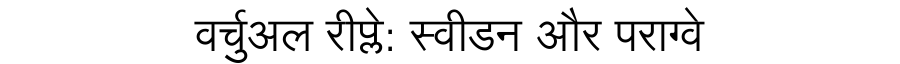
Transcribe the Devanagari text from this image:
वर्चुअल रीप्ले: स्वीडन और पराग्वे